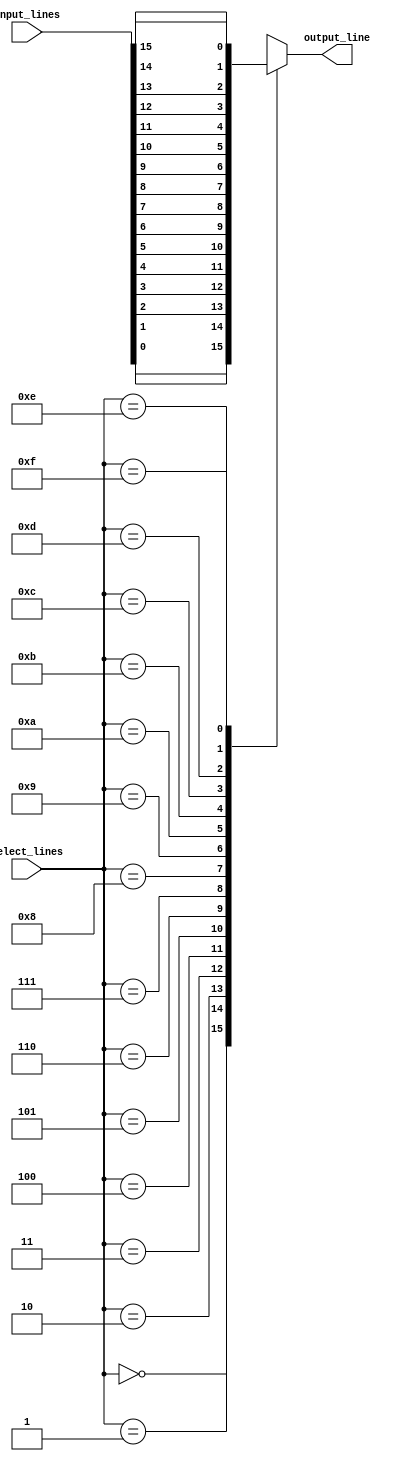
module mux_16to1 (
    input [15:0] input_lines,
    input [3:0] select_lines,
    output reg output_line
);

always @(*) begin
    case (select_lines)
        4'b0000: output_line = input_lines[0];
        4'b0001: output_line = input_lines[1];
        4'b0010: output_line = input_lines[2];
        4'b0011: output_line = input_lines[3];
        4'b0100: output_line = input_lines[4];
        4'b0101: output_line = input_lines[5];
        4'b0110: output_line = input_lines[6];
        4'b0111: output_line = input_lines[7];
        4'b1000: output_line = input_lines[8];
        4'b1001: output_line = input_lines[9];
        4'b1010: output_line = input_lines[10];
        4'b1011: output_line = input_lines[11];
        4'b1100: output_line = input_lines[12];
        4'b1101: output_line = input_lines[13];
        4'b1110: output_line = input_lines[14];
        4'b1111: output_line = input_lines[15];
        default: output_line = 0;
    endcase
end

endmodule